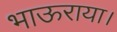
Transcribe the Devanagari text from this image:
भाऊराया।